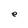
Character: e